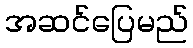
အဆင်ပြေမည်